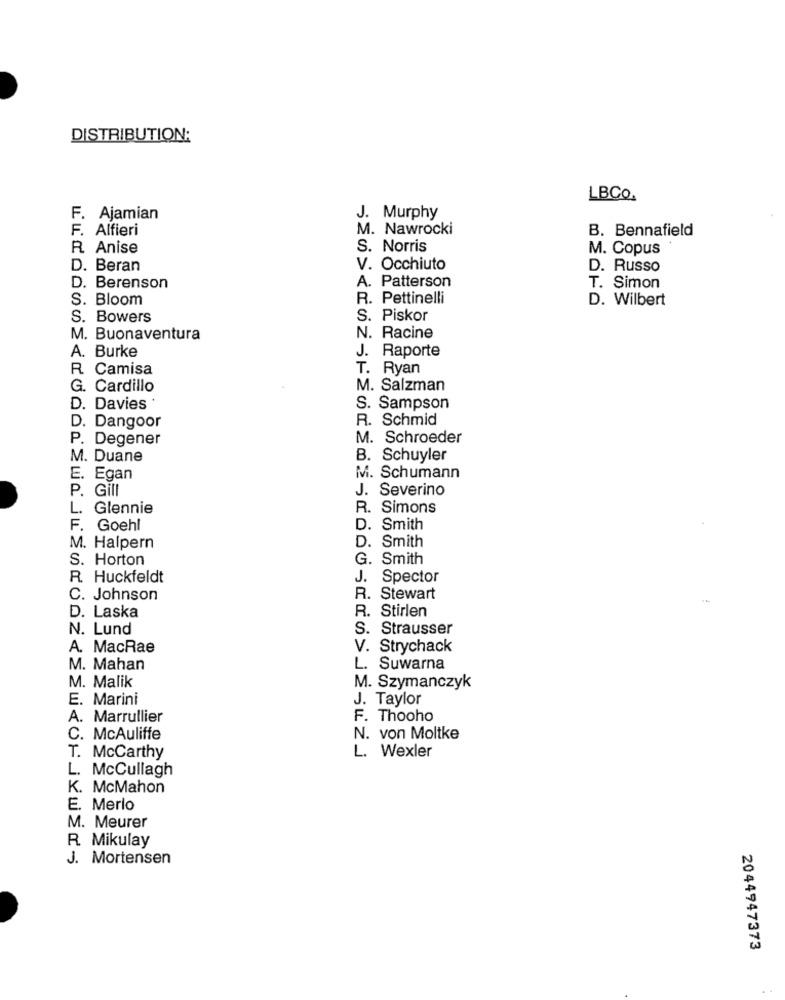
DISTRIBUTION:
LBCo.
F. Ajamian
J. Murphy
F. Alfieri
M. Nawrocki
B. Bennafield
R Anise
S. Norris
M. Copus
D. Beran
V. Occhiuto
D. Russo
D. Berenson
A. Patterson
T. Simon
S. Bloom
R. Pettinelli
D. Wilbert
S. Bowers
S. Piskor
M. Buonaventura
N. Racine
A. Burke
J. Raporte
R. Camisa
T. Ryan
G. Cardillo
M. Salzman
D. Davies *
S. Sampson
R. Schmid
D. Dangoor
P. Degener
M. Schroeder
M. Duane
B. Schuyler
E. Egan
M. Schumann
P. Gill
J. Severino
L.
Glennie
R. Simons
F.
Goehl
D. Smith
M. Halpern
D. Smith
S. Horton
G. Smith
R. Huckfeldt
J. Spector
C. Johnson
R. Stewart
R. Stirlen
D. Laska
N. Lund
S. Strausser
A. MacRae
V. Strychack
M. Mahan
L. Suwarna
M. Malik
M. Szymanczyk
E. Marini
J. Taylor
A. Marrullier
F. Thooho
C. McAuliffe
N. von Moltke
L. Wexler
T. McCarthy
L. McCullagh
K. McMahon
E. Merlo
M. Meurer
R. Mikulay
J. Mortensen
2044947373